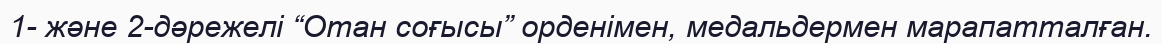
1- және 2-дәрежелі “Отан соғысы” орденімен, медальдермен марапатталған.